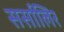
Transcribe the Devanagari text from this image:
सर्सालिर